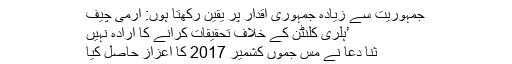
جمہوریت سے زیادہ جمہوری اقدار پر یقین رکھتا ہوں: آرمی چیف
’ہلری کلنٹن کے خلاف تحقیقات کرانے کا ارادہ نہیں
ثنا دعا نے مس جموں کشمیر 2017 کا اعزاز حاصل کیا